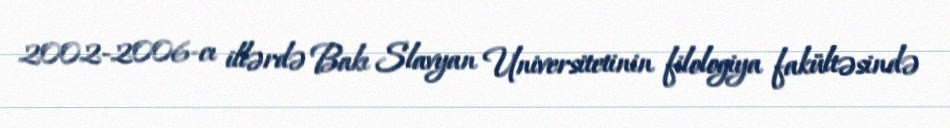
2002-2006-cı illərdə Bakı Slavyan Universitetinin filologiya fakültəsində